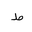
Letter: _da